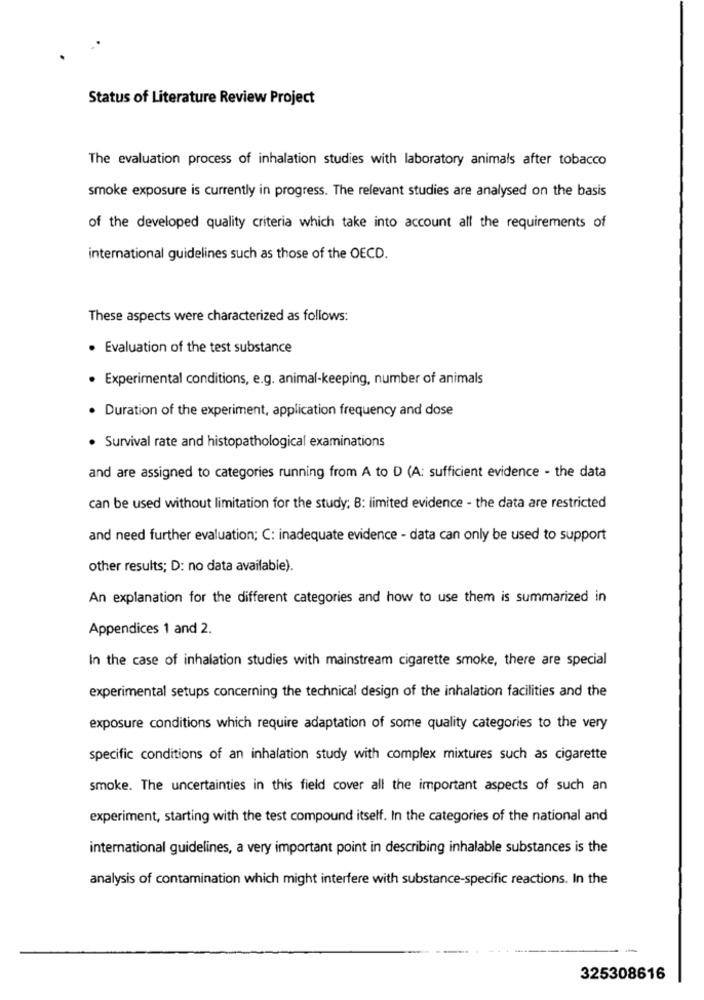
Status of Literature Review Project
The evaluation process of inhalation studies with laboratory animals after tobacco
smoke exposure is currently in progress. The relevant studies are analysed on the basis
of the developed quality criteria which take into account all the requirements of
international guidelines such as those of the OECD.
These aspects were characterized as follows:
. Evaluation of the test substance
· Experimental conditions, e.g. animal-keeping, number of animals
. Duration of the experiment, application frequency and dose
· Survival rate and histopathological examinations
and are assigned to categories running from A to D (A: sufficient evidence - the data
can be used without limitation for the study; B: limited evidence - the data are restricted
and need further evaluation; C: inadequate evidence - data can only be used to support
other results; D: no data available).
An explanation for the different categories and how to use them is summarized in
Appendices 1 and 2.
In the case of inhalation studies with mainstream cigarette smoke, there are special
experimental setups concerning the technical design of the inhalation facilities and the
exposure conditions which require adaptation of some quality categories to the very
specific conditions of an inhalation study with complex mixtures such as cigarette
smoke. The uncertainties in this field cover all the important aspects of such an
experiment, starting with the test compound itself. In the categories of the national and
international guidelines, a very important point in describing inhalable substances is the
analysis of contamination which might interfere with substance-specific reactions. In the
325308616